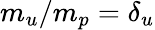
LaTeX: m_{u}/m_{p}=\delta_{u}